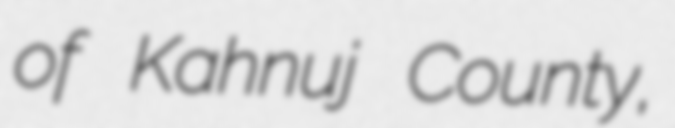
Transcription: of Kahnuj County,